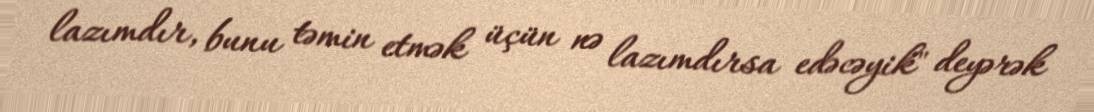
lazımdır, bunu təmin etmək üçün nə lazımdırsa edəcəyik" deyərək